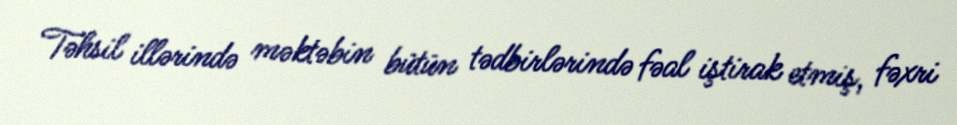
Təhsil illərində məktəbin bütün tədbirlərində fəal iştirak etmiş, fəxri